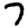
Digit: 7